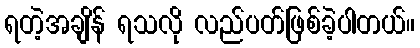
ရတဲ့အချိန် ရသလို လည်ပတ်ဖြစ်ခဲ့ပါတယ်။